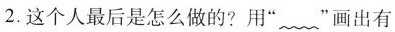
2.这个人最后是怎么做的?用””画出有